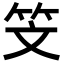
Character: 𥫾